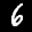
Label: 6